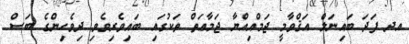
އދ ފަދަ ބައިނަލް އަޤްވާމީ ޖަމްއިއްޔާ ޖަމާޢަތް ތަކުގައި ބައިވެރިވެވި ދިވެހިންގެ ބަސް